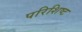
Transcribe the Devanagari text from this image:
परिशिष्‍ट